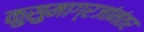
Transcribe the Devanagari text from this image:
कुसुमाग्रजांनंतर